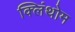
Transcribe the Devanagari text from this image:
क्लिंथोम